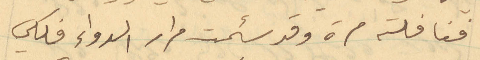
فغافلته مرة وقد سئمت مرار الدواء فلكي